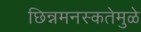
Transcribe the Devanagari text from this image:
छिन्नमनस्कतेमुळे